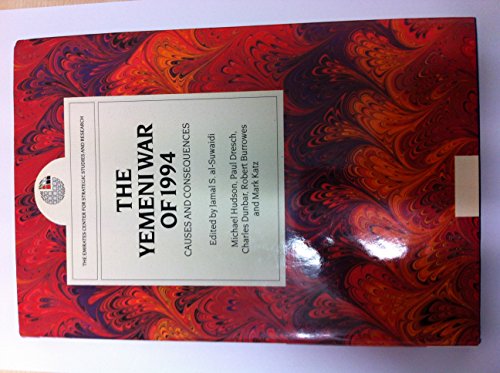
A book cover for The Yemeni war of 1994: causes and consequences (Middle East Studies); Jamal S. Al-Suwaidi Editor); History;